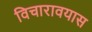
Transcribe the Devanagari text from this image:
विचारावयास